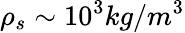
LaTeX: \rho_{s}\sim 10^{3}kg/m^{3}